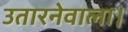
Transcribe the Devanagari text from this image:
उतारनेवाला।